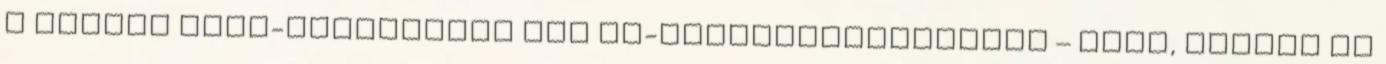
a gyerek boon-sportoldal Élő tv-sportközvetítések – Kedd, szerda Az